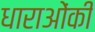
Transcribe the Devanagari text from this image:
धाराओंकी